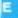
E